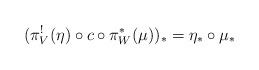
LaTeX: \begin{align*}(\pi_{V}^{!}(\eta)\circ c \circ \pi_{W}^{*}(\mu))_{*}= \eta_{*} \circ \mu_{*}\end{align*}